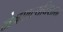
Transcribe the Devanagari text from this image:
नेत्रशल्यविशारद